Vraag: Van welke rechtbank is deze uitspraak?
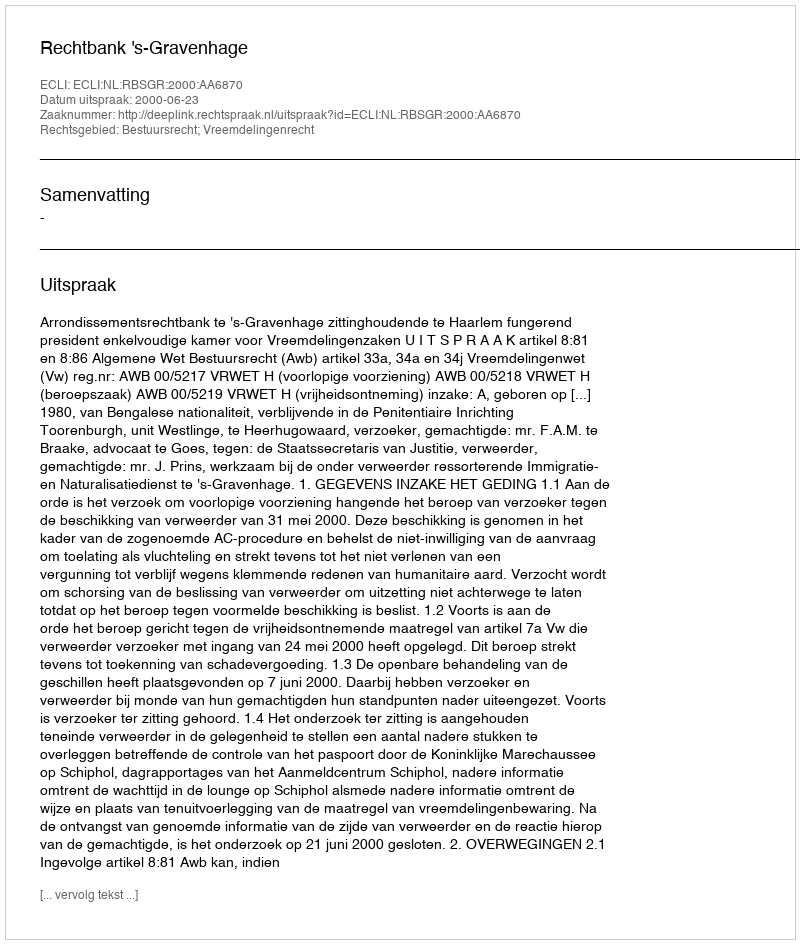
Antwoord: Rechtbank 's-Gravenhage